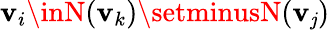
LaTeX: \mathbf{v}_{i}\inN(\mathbf{v}_{k})\setminusN(\mathbf{v}_{\mathit{j}})